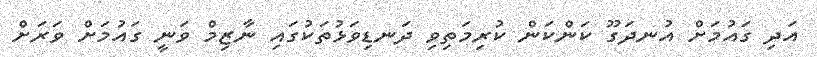
އަދި ގައުމަށް އުނދަގޫ ކަންކަން ކުރިމަތިވި ދަނޑިވަޅުތަކުގައި ނާޒިމް ވަނީ ގައުމަށް ވަރަށް